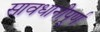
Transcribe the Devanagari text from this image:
सावधानीपूर्ण